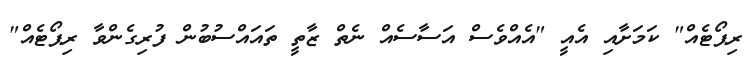
ރިޕޯޓެއް" ކަމަށާއި އެއީ "އެއްވެސް އަސާސެއް ނެތް ޒާތީ ތައައްސުބުން ފުރިގެންވާ ރިޕޯޓެއް"